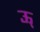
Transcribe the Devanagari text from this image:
ऊ्